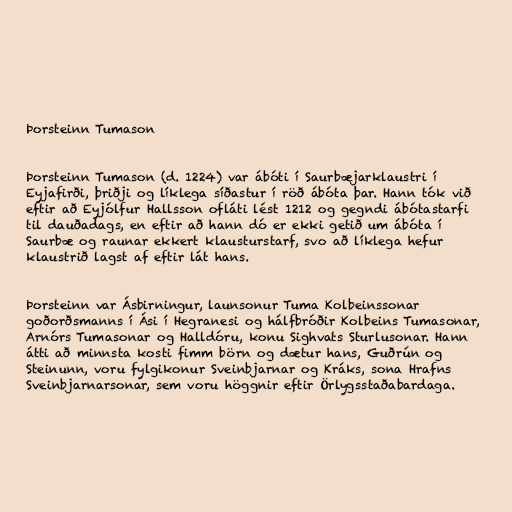
Þorsteinn Tumason

Þorsteinn Tumason (d. 1224) var ábóti í Saurbæjarklaustri í
Eyjafirði, þriðji og líklega síðastur í röð ábóta þar. Hann tók við
eftir að Eyjólfur Hallsson ofláti lést 1212 og gegndi ábótastarfi
til dauðadags, en eftir að hann dó er ekki getið um ábóta í
Saurbæ og raunar ekkert klausturstarf, svo að líklega hefur
klaustrið lagst af eftir lát hans.

Þorsteinn var Ásbirningur, launsonur Tuma Kolbeinssonar
goðorðsmanns í Ási í Hegranesi og hálfbróðir Kolbeins Tumasonar,
Arnórs Tumasonar og Halldóru, konu Sighvats Sturlusonar. Hann
átti að minnsta kosti fimm börn og dætur hans, Guðrún og
Steinunn, voru fylgikonur Sveinbjarnar og Kráks, sona Hrafns
Sveinbjarnarsonar, sem voru höggnir eftir Örlygsstaðabardaga.